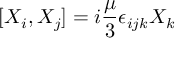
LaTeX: [ X _ { i } , X _ { j } ] = i { \frac { \mu } { 3 } } \epsilon _ { i j k } X _ { k }